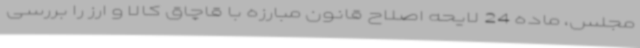
مجلس، ماده 24 لایحه اصلاح قانون مبارزه با قاچاق کالا و ارز را بررسی